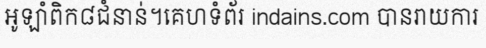
អូឡាំពិក៨ជំនាន់។គេហទំព័រ indains.com បានរាយការ